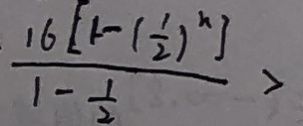
\frac { 1 6 [ 1 - ( \frac { 1 } { 2 } ) ^ { n } ] } { 1 - \frac { 1 } { 2 } } >